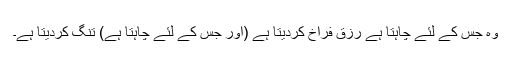
وہ جس کے لئے چاہتا ہے رزق فراخ کردیتا ہے (اور جس کے لئے چاہتا ہے) تنگ کردیتا ہے۔